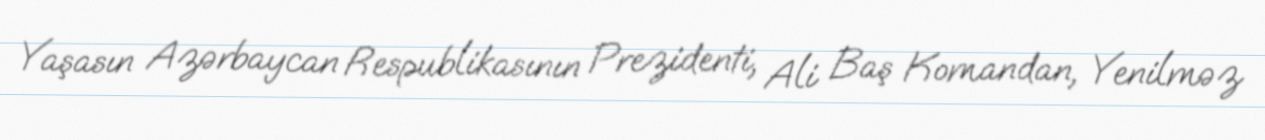
Yaşasın Azərbaycan Respublikasının Prezidenti, Ali Baş Komandan, Yenilməz